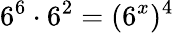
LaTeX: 6^{6}\cdot 6^{2}=(6^{x})^{4}